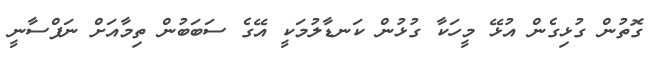
ގޮތުން ގުޅިގެން އުޅޭ މީހަކާ ގުޅުން ކަނޑާލުމަކީ އޭގެ ސަބަބުން ތިމާއަށް ނަފްސާނީ